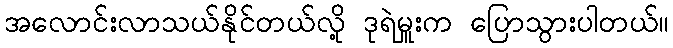
အလောင်းလာသယ်နိုင်တယ်လို့ ဒုရဲမှူးက ပြောသွားပါတယ်။